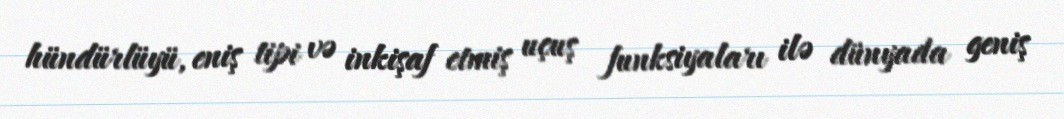
hündürlüyü, eniş tipi və inkişaf etmiş uçuş funksiyaları ilə dünyada geniş